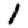
Digit: 1